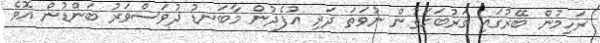
ރަހިމުން ބޭރުގައި ގަރުބަގަތުން ނުވަތަ ދަރި އުފެދުން މާބަނޑު ދުވަސްވަރު ބަންޑުން އޮވެ